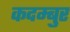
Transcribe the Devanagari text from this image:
कदम्बुर